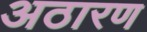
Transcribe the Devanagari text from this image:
अठारण